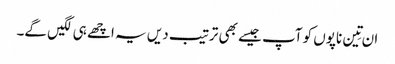
ان تِین ناپوں کو آپ جیسے بھی ترتیب دیں یہ اچھے ہی لگیں گے۔